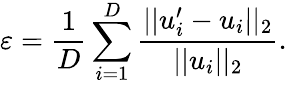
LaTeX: \varepsilon=\frac{1}{D}\sum_{i=1}^{D}\frac{||u_{i}^{\prime}-u_{i}||_{2}}{||u_{i}||_{2}}.